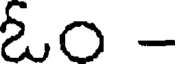
ఓం -